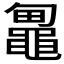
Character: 𱋼